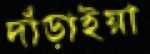
দাঁড়াইয়া